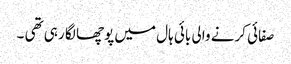
صفائی کرنے والی بائی ہال میں پوچھا لگا رہی تھی ۔